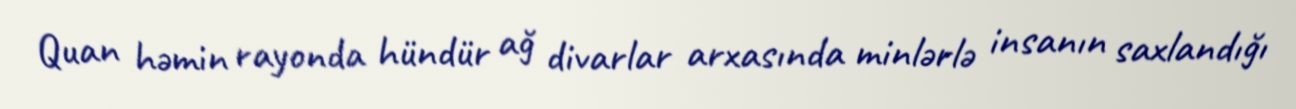
Quan həmin rayonda hündür ağ divarlar arxasında minlərlə insanın saxlandığı